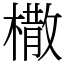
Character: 橵